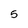
Character: 5